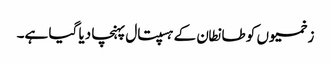
زخمیوں کو طانطان کے ہسپتال پہنچا دیا گیا ہے۔